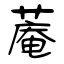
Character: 蓭